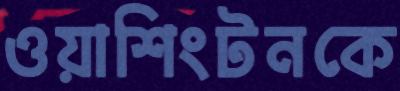
ওয়াশিংটনকে